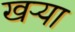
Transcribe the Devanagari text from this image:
खऱ्या